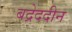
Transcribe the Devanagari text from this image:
बद्रेददीन